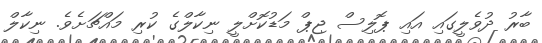
ބާރު ދުވެލީގައި އައި ޕޮލިސް ޖިޕް މަޑުކޮށްލީ ނިކާލްގެ ކުރި މައްޗަށެވެ. ނިކާލް